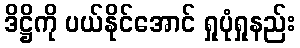
ဒိဋ္ဌိကို ပယ်နိုင်အောင် ရှုပုံရှုနည်း